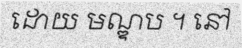
ដោយ មណ្ឌប ។ នៅ